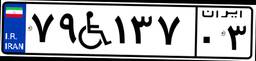
۷۹W۱۳۷۰۳